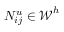
{ N } _ { i j } ^ { u } \in \boldsymbol { \mathcal { W } } ^ { h }